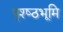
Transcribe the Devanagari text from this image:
पृश्ष्‍ठभूमि